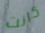
كانت